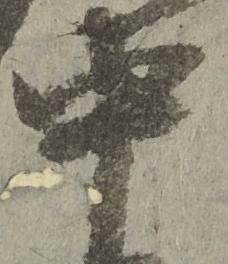
中